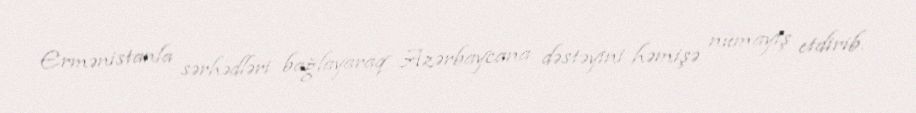
Ermənistanla sərhədləri bağlayaraq Azərbaycana dəstəyini həmişə nümayiş etdirib.